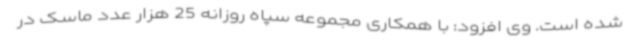
شده است. وی افزود: با همکاری مجموعه سپاه روزانه 25 هزار عدد ماسک در